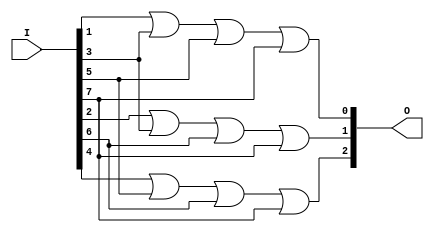
// This program was cloned from: https://github.com/matthewdelorenzo/CreativEval
// License: BSD 3-Clause "New" or "Revised" License

module top (O,I);
output [2:0] O;
input [7:0] I;
or (O[0],I[1],I[3],I[5],I[7]);
or (O[1],I[2],I[3],I[6],I[7]);
or (O[2],I[4],I[5],I[6],I[7]);
endmodule